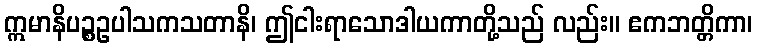
ဣမာနိပဉ္စဥပါသကသတာနိ၊ ဤငါးရာသောဒါယကာတို့သည် လည်း။ ဧကဘတ္တိကာ၊